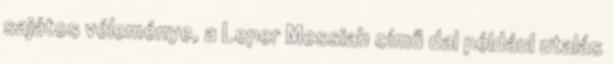
sajátos véleménye, a Leper Messiah című dal például utalás